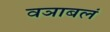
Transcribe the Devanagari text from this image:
वञाबलं